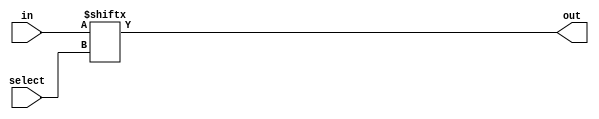
module mux_2X1(
input[N-1:0] in,
input[N/2-1:0] select,
output out
);

parameter N = 2;

wire[N-1:0] in;
wire[N/2-1:0] select;
wire out;

assign out = in[select];

endmodule